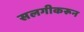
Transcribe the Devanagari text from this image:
सलगीकरून